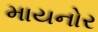
માયનોર